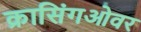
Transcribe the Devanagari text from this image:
क्रासिंगओवर